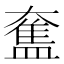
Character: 𥂙